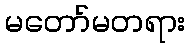
မတော်မတရား